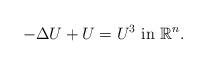
LaTeX: \begin{align*}-\Delta U + U = U^3\ \hbox{in}\ \mathbb R^n.\end{align*}